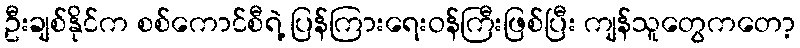
ဦးချစ်နိုင်က စစ်ကောင်စီရဲ့ ပြန်ကြားရေးဝန်ကြီးဖြစ်ပြီး ကျန်သူတွေကတော့